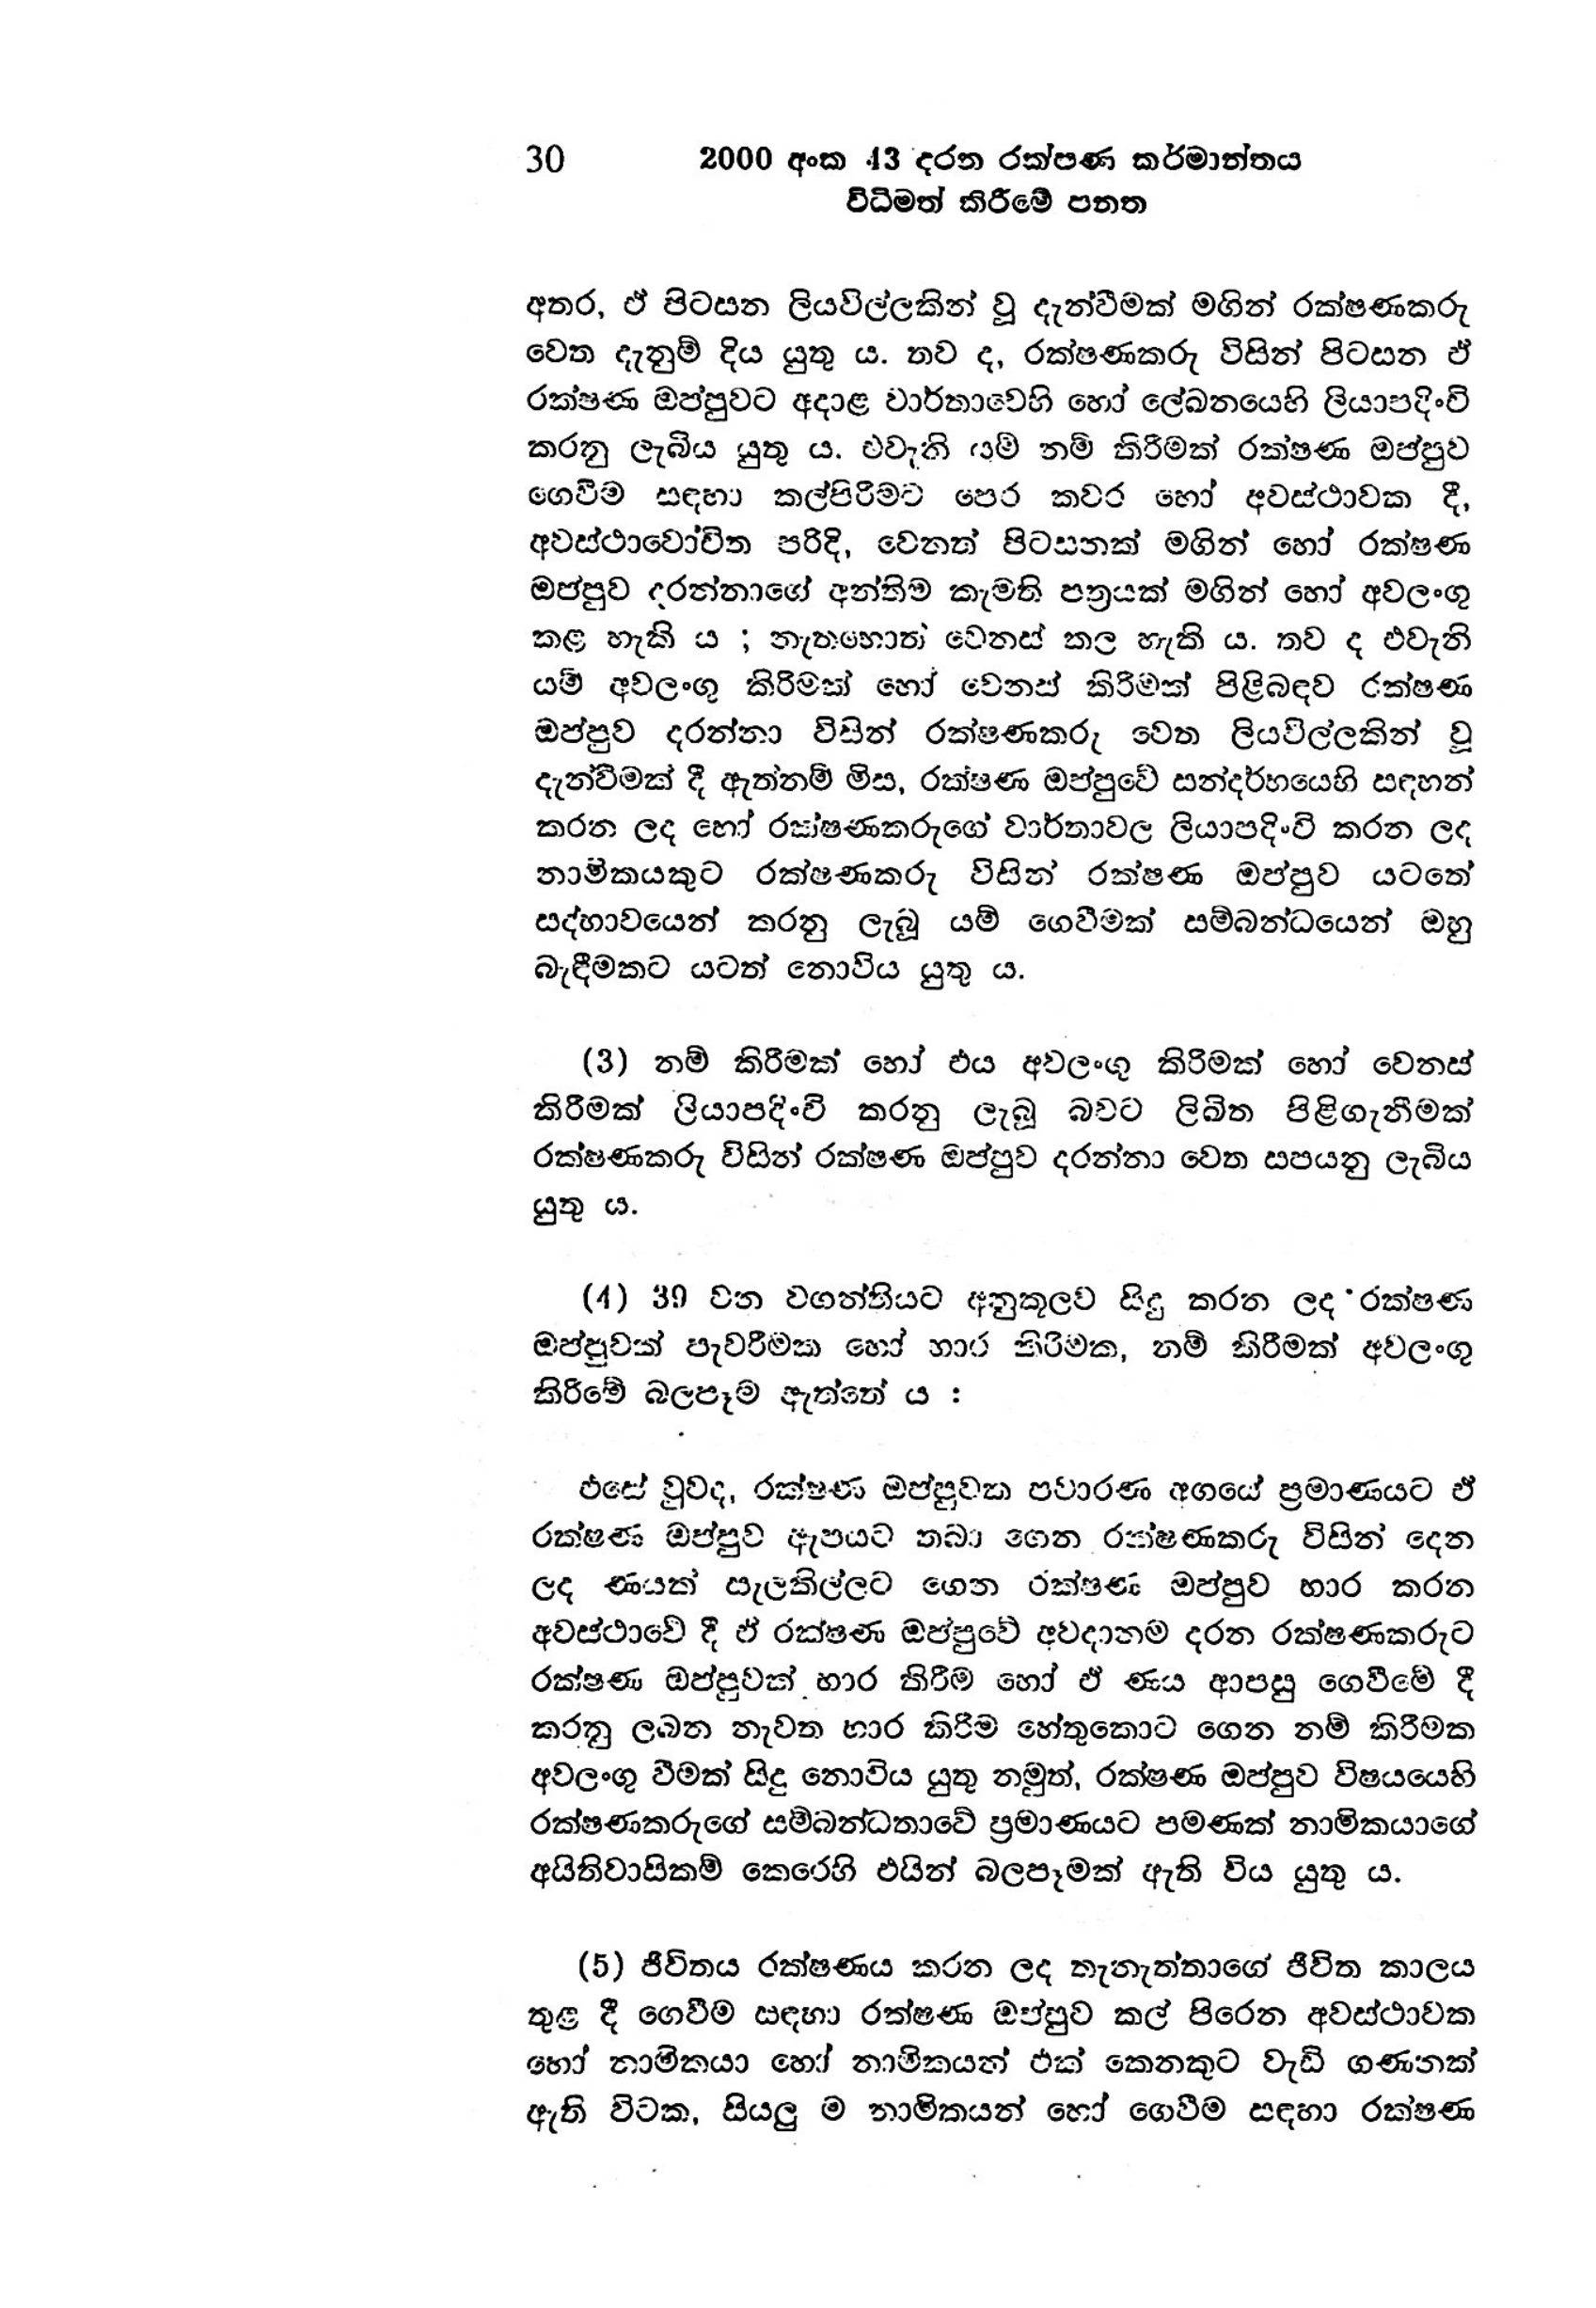
30 2000 අංක 43 දරන රක්ෂණ කර්මාන්තය
විධිමත් කිරීමේ පනත

අතර, ඒ පිටසන ලියවිල්ලකින් වූ දැන්වීමක් මගින් රක්ෂණකරු
වෙත දැනුම් දිය යුතු ය. තව ද, රක්ෂණකරු විසින් පිටසන ඵ්
රක්ෂණ ඔප්පුවට අදාළ වාර්තාවෙහි හෝ ලේඛනයෙහි ලියාපදිංචි
කරනු ලැබිය යුතු ය. එවැනි යම් නම් කිරීමක් රක්ෂණ ඔප්පුව
ගෙවීම සඳහා කල් පිරීමට පෙර කවර හෝ අවස්ථාවක දී,
අවස්ථාවෝචිත පරිදි, වෙනත් පිටසනක් මගින් හෝ රක්ෂණ
ඔප්පුව දරන්නාගේ අන්තිම කැමති පත්‍රයක් මගින් හෝ අවලංගු
කළ හැකි ය ; නැතහොත් වෙනස් කල හැකි ය. තව ද එවැනි
යම් අවලංගු කිරීමක් හෝ වෙනස් කිරීමක් පිළිබඳව රක්ෂණ
ඔප්පුව දරන්නා විසින් රක්ෂණකරු වෙත ලියවිල්ලකින් වූ
දැන්වීමක් දී ඇත්නම් මිස, රක්ෂණ ඔප්පුවේ සන්දර්භයෙහි සඳහන්
කරන ලද හෝ රක්ෂණකරුගේ වාර්තාවල ලියාපදිංවි කරන ලද
නාමිකයකුට රක්ෂණකරු විසින් රක්ෂණ ඔප්පුව යටතේ
සද්භාවයෙන් කරනු ලැබූ යම් ගෙවීමක් සම්බන්ධයෙන් ඔහු
බැඳීමකට යටත් නොවිය යුතු ය.

(3) නම් කිරීමක් හෝ එය අවලංගු කිරීමක් හෝ වෙනස්
කිරීමක් ලියාපදිංචි කරනු ලැබූ බවට ලිඛිත පිළිගැනීමක්
රක්ෂණකරු විසින් රක්ෂණ ඔප්පුව දරන්නා වෙත සපයනු ලැබිය
යුතු ය.

( 4 ) 39 වන වගන්තියට අනුකූලව සිදු කරන ලද ‘රක්ෂණ
ඔප්පුවක් පැවරීමක හෝ හාර කිරීමක, නම් කිරීමක් අවලංගු
කිරීමේ බලපෑම ඇත්තේ ය:

එසේ වුවද, රක්ෂණ ඔප්පුවක පවාරණ අගයේ ප්‍රමාණයට ඒ
රක්ෂණ ඔප්පුව ඇපයට තබාගෙන රක්ෂණකරු විසින් දෙන
ලද ණයක් සැලකිල්ලට ගෙන රක්ෂණ ඔප්පුව හාර කරන
අවස්ථාවේ දී ඒ රක්ෂණ ඔප්පුවේ අවදානම දරන රක්ෂණකරුට
රක්ෂණ ඔප්පුවක් භාර කිරීම හෝ ඒ ණය ආපසු ගෙවීමේ දී
කරනු ලබන නැවත භාර කිරීම හේතුකොට ගෙන නම් කිරීමක
අවලංගු වීමක් සිදු නොවිය යුතු නමුත්, රක්ෂණ ඔප්පුව විෂයයෙහි
රක්ෂණකරුගේ සම්බන්ධතාවේ ප්‍රමාණයට පමණක් නාමිකයාගේ
අයිතිවාසිකම් කෙරෙහි එයින් බලපෑමක් ඇති විය යුතු ය.

(5) ජීවිතය රක්ෂණය කරන ලද තැනැත්තාගේ ජීවිත කාලය
තුළ දී ගෙවීම සඳහා රක්ෂණ ඔප්පුව කල් පිරෙන අවස්ථාවක
හෝ නාමිකයා හෝ නාමිකයන් එක් කෙනකුට වැඩි ගණනක්
ඇති විටක, සියලු ම නාමිකයන් හෝ ගෙවීම සඳහා රක්ෂණ